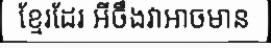
ខ្មែរដែរ អីចឹងវាអាចមាន